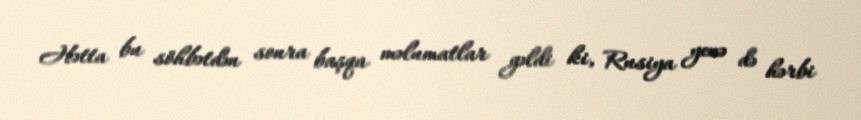
Hətta bu söhbətdən sonra başqa məlumatlar gəldi ki, Rusiya yenə də hərbi